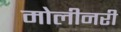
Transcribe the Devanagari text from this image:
मोलीनरी